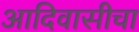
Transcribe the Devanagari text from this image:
आदिवासीचा